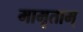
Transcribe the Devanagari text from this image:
मामृताम्‌